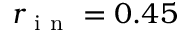
r _ { \mathrm { ~ i ~ n ~ } } = 0 . 4 5